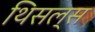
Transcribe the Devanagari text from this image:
थिसल्स